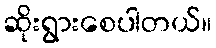
ဆိုးရွားစေပါတယ်။